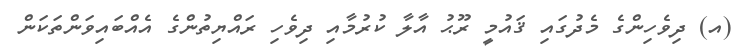
(އ) ދިވެހިންގެ މެދުގައި ޤައުމީ ރޫޙު އާލާ ކުރުމާއި ދިވެހި ރައްޔިތުންގެ އެއްބައިވަންތަކަން